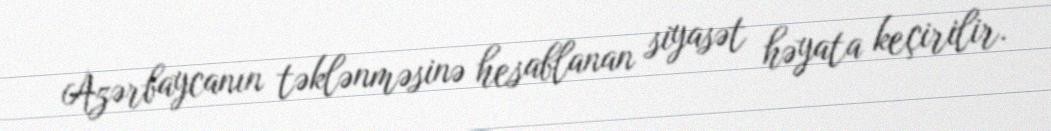
Azərbaycanın təklənməsinə hesablanan siyasət həyata keçirilir.